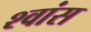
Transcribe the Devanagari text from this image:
श्‍वांस